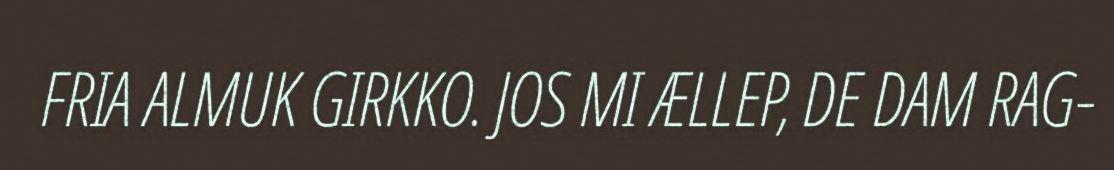
FRIA ALMUK GIRKKO. JOS MI ÆLLEP, DE DAM RAG-